Indian journal of veterinary science and animal husbandry - Volumes 18-21, 1948-1951
Year: 1948
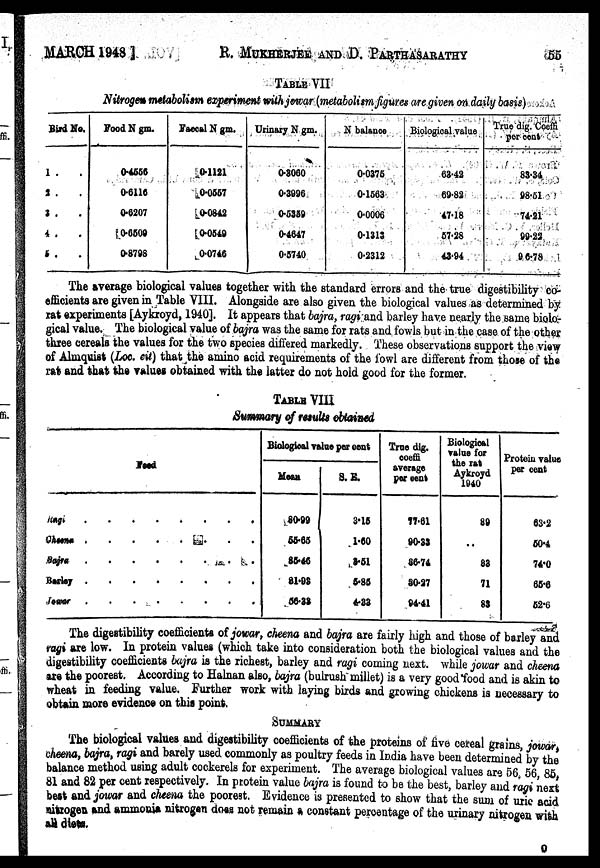
MARCH 1948 ]
R.
MUKHERJEE
AND
D.
PARTHASARATHY
55
TABLE VII
Nitrogen metabolism experiment with jowar (metabolism figures are given on daily basis)
Bird No.
1. .
2. .
3. .
4. .
5. .
Food N gm.
0.4556
0.6116
0.6207
0.6509
0.8798
Faecal N gm.
0.1121
0.0557
0.0842
0.0549
0.0746
Urinary N gm.
0.3060
0.3996
0.5359
0.4647
0.5740
N balance
0.0375
0.1563
0.0006
0.1313
0.2312
Biological value
63.42
69.82
47.18
57.28
43.94
True dig. Coeffi
per cent
83.34
98.51
74.21
99.22
96.78
The average biological values together with the standard errors and the true digestibility co-
efficients are given in Table VIII. Alongside are also given the biological values as determined by
rat experiments [Aykroyd, 1940]. It appears that bajra, ragi and barley have nearly the same biolo-
gical value. The biological value of bajra was the same for rats and fowls but in the case of the other
three cereals the values for the two species differed markedly. These observations support the view
of Almquist (Loc. cit) that the amino acid requirements of the fowl are different from those of the
rat and that the values obtained with the latter do not hold good for the former.
TABLE VIII
Summary of results obtained
Feed
Ragi . . . . . . . . .
Cheena . . . . . . . . .
Bajra . . . . . . . . .
Barley . . . . . . . . .
Jowar . . . . . . . . .
Biological value per cent
Mean
80.99
55.65
85.46
81.98
56.33
S.E.
3.15
1.60
3.51
5.85
4.33
Tree dig.
coeffi
average
per cent
77.61
90.33
86.74
80.27
94.41
Biological
value for
the rat
Aykroyd
1940
89
..
83
71
83
Protein value
per cent
63.2
50.4
74.0
65.6
52.6
The digestibility coefficients of jowar, cheena and bajra are fairly high and those of barley and
ragi are low. In protein values (which take into consideration both the biological values and the
digestibility coefficients bajra is the richest, barley and ragi coming next. while jowar and cheena
are the poorest. According to Halnan also, bajra (bulrush millet) is a very good food and is akin to
wheat in feeding value. Further work with laying birds and growing chickens is necessary to
obtain more evidence on this point.
SUMMARY
The biological values and digestibility coefficients of the proteins of five cereal grains jowar
cheena, bajra, ragi and barely used commonly as poultry feeds in India have been determined by the
balance method using adult cockerels for experiment. The average biological values are 56, 56, 85,
81 and 82 per cent respectively. In protein value bajra is found to be the best, barley and ragi next
best and jowar and cheena the poorest. Evidence is presented to show that the sum of uric acid
nitrogen and ammonia nitrogen does not remain a constant percentage of the urinary nitrogen with
all diets.
O